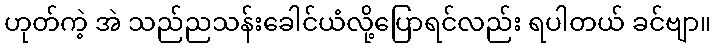
ဟုတ်ကဲ့ အဲ သည်ညသန်းခေါင်ယံလို့ပြောရင်လည်း ရပါတယ် ခင်ဗျာ။